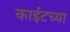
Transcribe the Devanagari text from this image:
काईटच्या